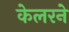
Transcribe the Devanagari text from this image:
केलरने